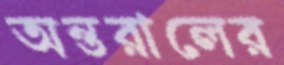
অন্তরালের